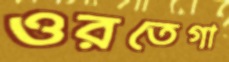
ওরতেগা